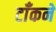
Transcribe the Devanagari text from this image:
टाँकने